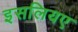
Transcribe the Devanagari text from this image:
इसलियए